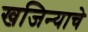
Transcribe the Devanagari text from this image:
खजिन्याचे